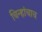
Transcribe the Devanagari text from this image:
चिन्हांचाच